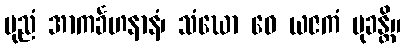
ပုညံ အာကင်္ခဟနာနံ၊ သံဃော ဝေ ယဇကံ မုခန္တိ။